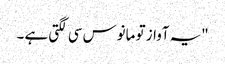
"یہ آواز تو مانوس سی لگتی ہے ۔